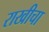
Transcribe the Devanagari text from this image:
राखीचा